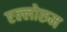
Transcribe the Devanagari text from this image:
एल्लोरुम